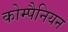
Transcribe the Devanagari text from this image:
कोम्पैनियन